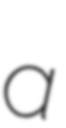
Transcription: a